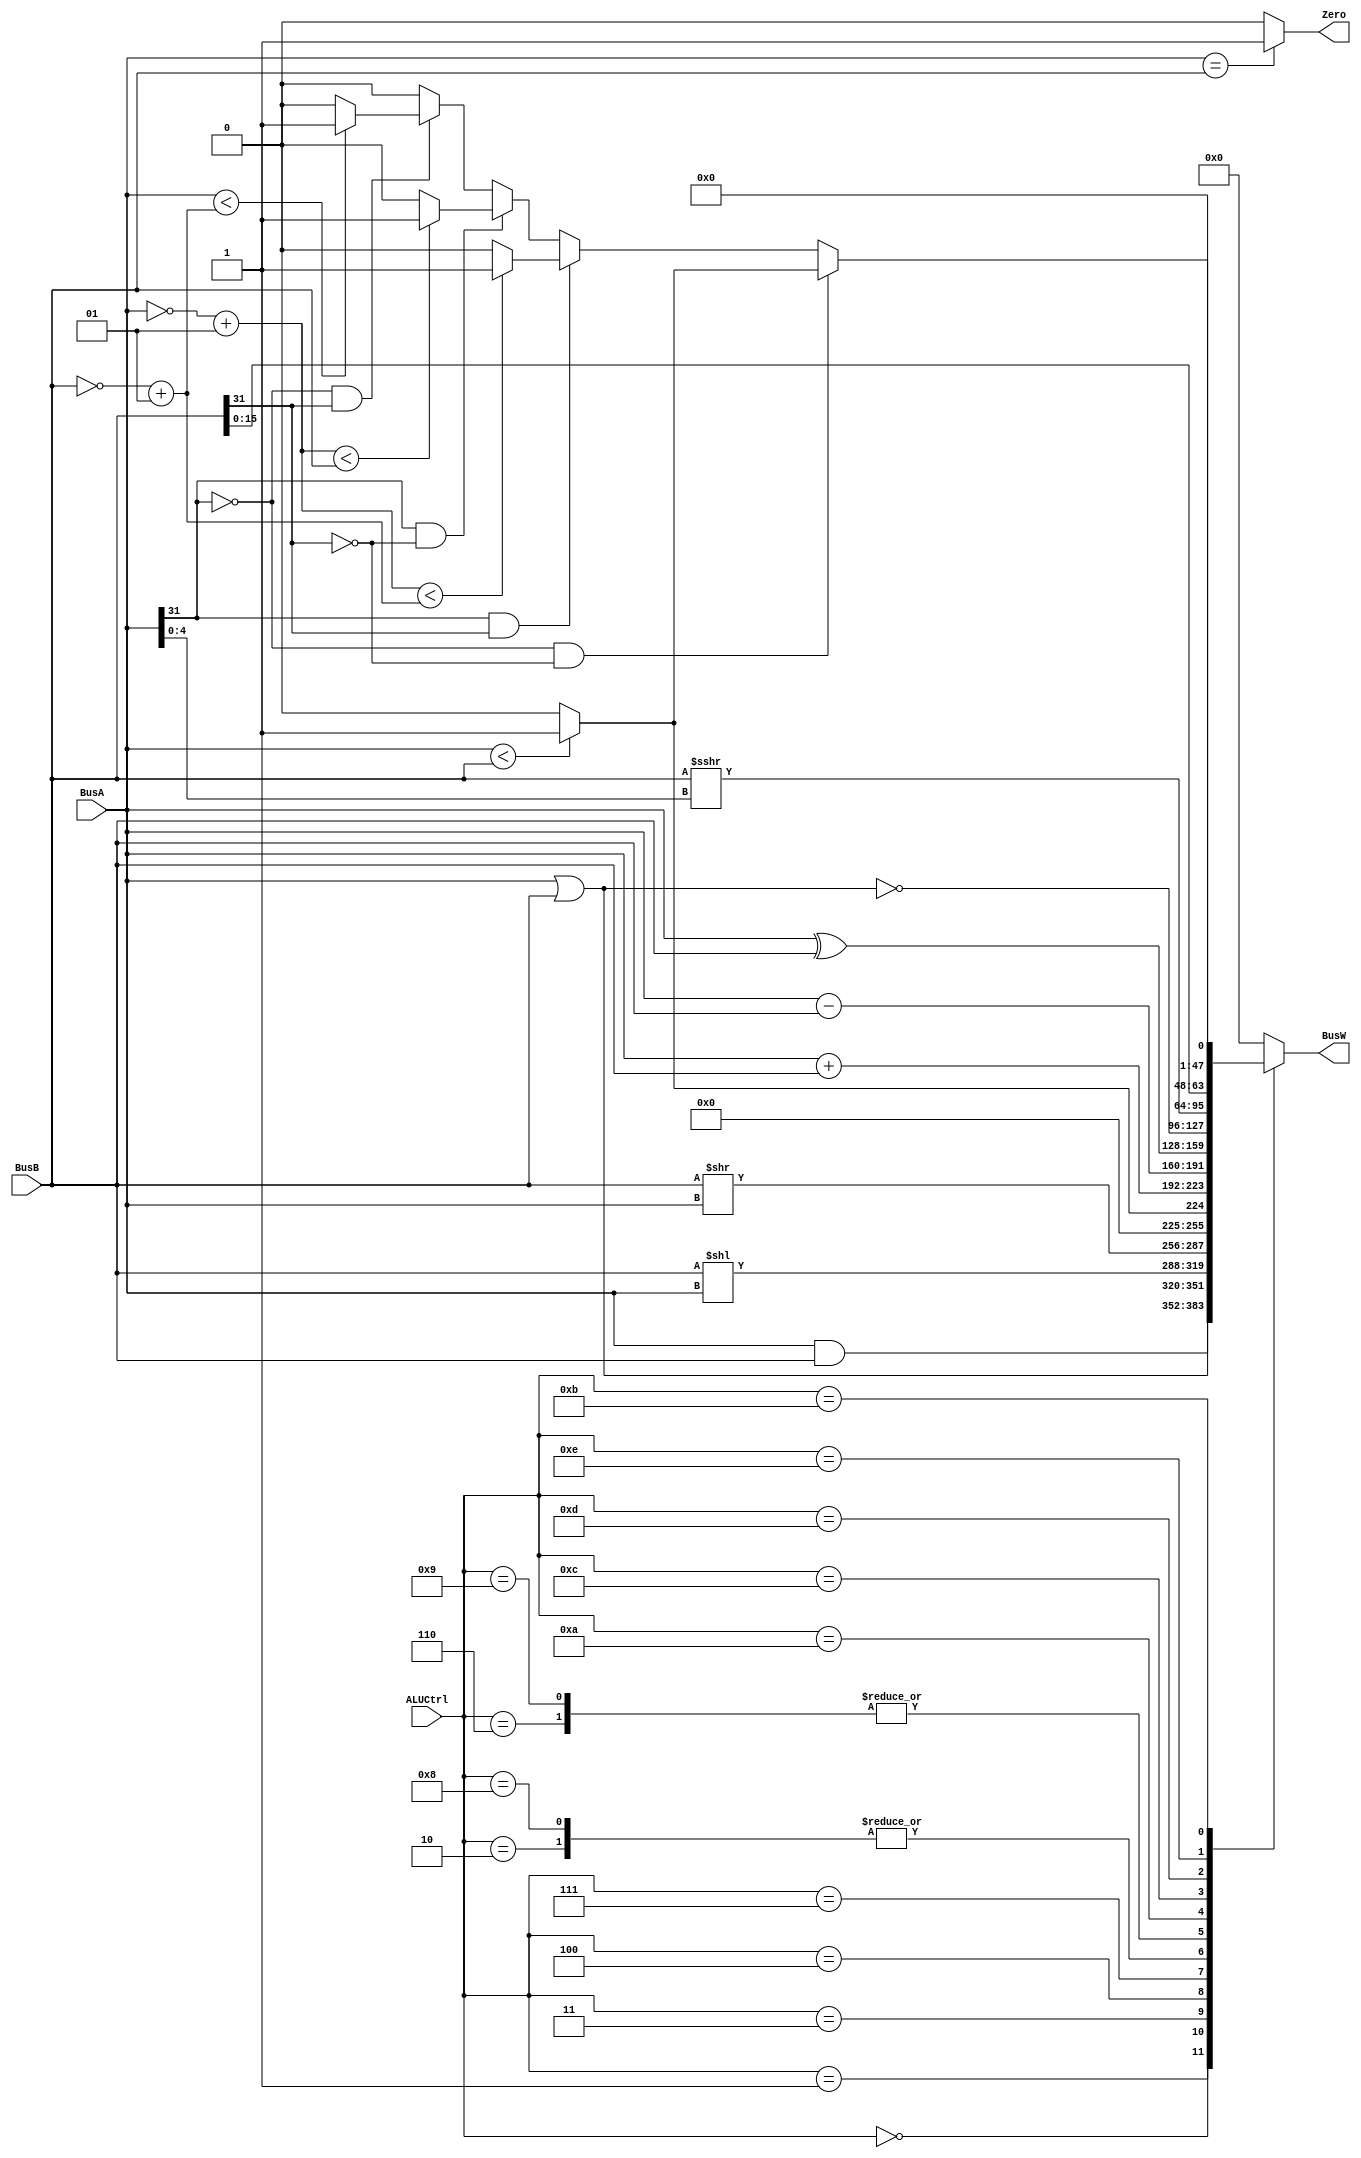
`timescale 1ns / 1ps
// define the ALU operations (ALUop)
`define AND 4'b0000
`define OR 4'b0001
`define ADD 4'b0010
`define SLL 4'b0011
`define SRL 4'b0100
`define SUB 4'b0110
`define SLT 4'b0111
`define ADDU 4'b1000
`define SUBU 4'b1001
`define XOR 4'b1010
`define SLTU 4'b1011
`define NOR 4'b1100
`define SRA 4'b1101
`define LUI 4'b1110
module ALU(BusW, Zero, BusA, BusB, ALUCtrl);
// Define Inputs and Outputs
input signed [31:0] BusA;
input signed [31:0] BusB;
input [3:0] ALUCtrl;
output reg [31:0] BusW;
output reg Zero;
always @(*) begin
case(ALUCtrl)
// Define ALU operations based on the ALUCtrl
`AND : BusW <= BusA & BusB;
`OR : BusW <= BusA | BusB;
`ADD : BusW <= BusA + BusB;
`SLL : BusW <= BusB << BusA;
`SRL : BusW <= BusB >> BusA;
`SUB : BusW <= BusA - BusB;
`SLT : BusW <= (BusA < BusB)? 1 : 0;
`ADDU : BusW <= BusA + BusB;
`SUBU : BusW <= BusA - BusB;
`XOR : BusW <= BusA ^ BusB;
`NOR : BusW <= ~(BusA | BusB);
`SRA : BusW <= BusB >>> BusA[4:0];
`LUI : BusW <= {BusB[15:0],16'b0};
`SLTU : begin
if(BusA[31] == 0 && BusB[31] == 0)
BusW <= (BusA < BusB)? 1 : 0;
else if(BusA[31] == 1 && BusB[31] == 1)
BusW <= ((~BusA) + 1 < (~BusB) + 1)? 1 : 0;
else if(BusA[31] == 1 && BusB[31] == 0)
BusW <= ((~BusA) + 1 < BusB)? 1 : 0;
else if (BusA[31] == 0 && BusB[31] == 1)
BusW <= (BusA < (~BusB) + 1)? 1 : 0;
else
BusW <= 0;
end
default: BusW <= 0;
endcase
// Output bit zero if BusW is 0
Zero <= (BusA == BusB) ? 1'b1 : 1'b0;
end
endmodule